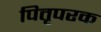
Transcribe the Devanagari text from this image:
पितृपरक